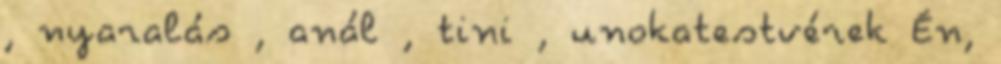
, nyaralás , anál , tini , unokatestvérek Én,